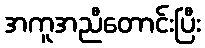
အကူအညီတောင်းပြီး